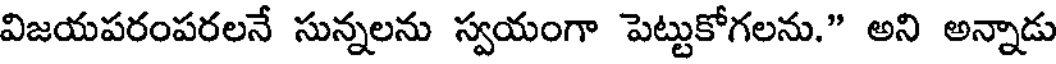
విజయపరంపరలనే సున్నలను స్వయంగా పెట్టుకోగలను." అని అన్నాడు